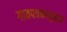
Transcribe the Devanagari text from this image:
गावपत्रकानुसार